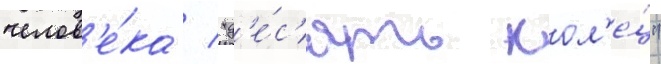
челов'е́ка / "д'е́с'ять кол'е́ц"